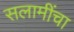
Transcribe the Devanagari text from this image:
सलामींचा